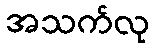
အသက်လု